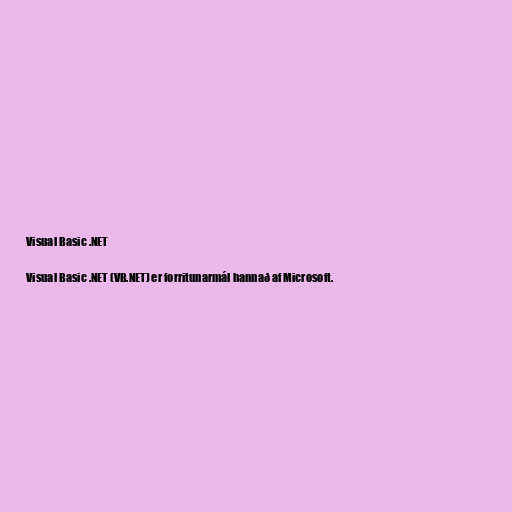
Visual Basic .NET

Visual Basic .NET (VB.NET) er forritunarmál hannað af Microsoft.